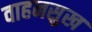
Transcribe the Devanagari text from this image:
वाहनसुख